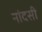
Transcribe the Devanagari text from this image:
नांदसी